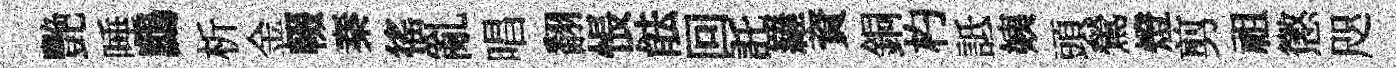
艷唾鷓析金輟秦徭亂唱翻悵䏻回託羅資銅杓詆姨頭鶯燈剪祖懲咫